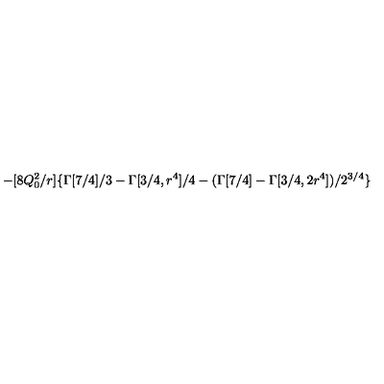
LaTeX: - [ 8 Q _ { 0 } ^ { 2 } / r ] \{ \Gamma [ 7 / 4 ] / 3 - \Gamma [ 3 / 4 , r ^ { 4 } ] / 4 - ( \Gamma [ 7 / 4 ] - \Gamma [ 3 / 4 , 2 r ^ { 4 } ] ) / 2 ^ { 3 / 4 } \}